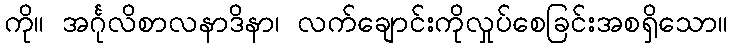
ကို။ အင်္ဂုလိစာလနာဒိနာ၊ လက်ချောင်းကိုလှုပ်စေခြင်းအစရှိသော။